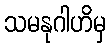
သမနုဂါဟိမှ